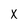
Character: x